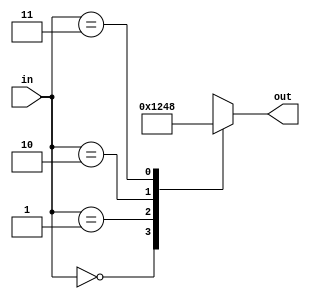
/*
 *  Behavioral Style Verilog Code
 *  2-to-4 Decoder
 *  out: 4bit, in: 2bit
 */

module bh_decoder_2to4(out, in);
    output [3:0] out;
    input  [1:0] in;
    
    reg    [3:0] out;

    // When input(in) changes
    always @ (in) begin
        // out is assigned with case statements
        case (in)
            2'b00: out = 4'b0001;
            2'b01: out = 4'b0010;
            2'b10: out = 4'b0100;
            2'b11: out = 4'b1000;
            
            //don't care for unexpected input
            default: out = 4'bxxxx; 
        endcase
    end
endmodule